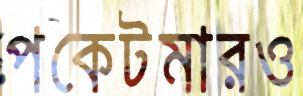
পকেটমারও